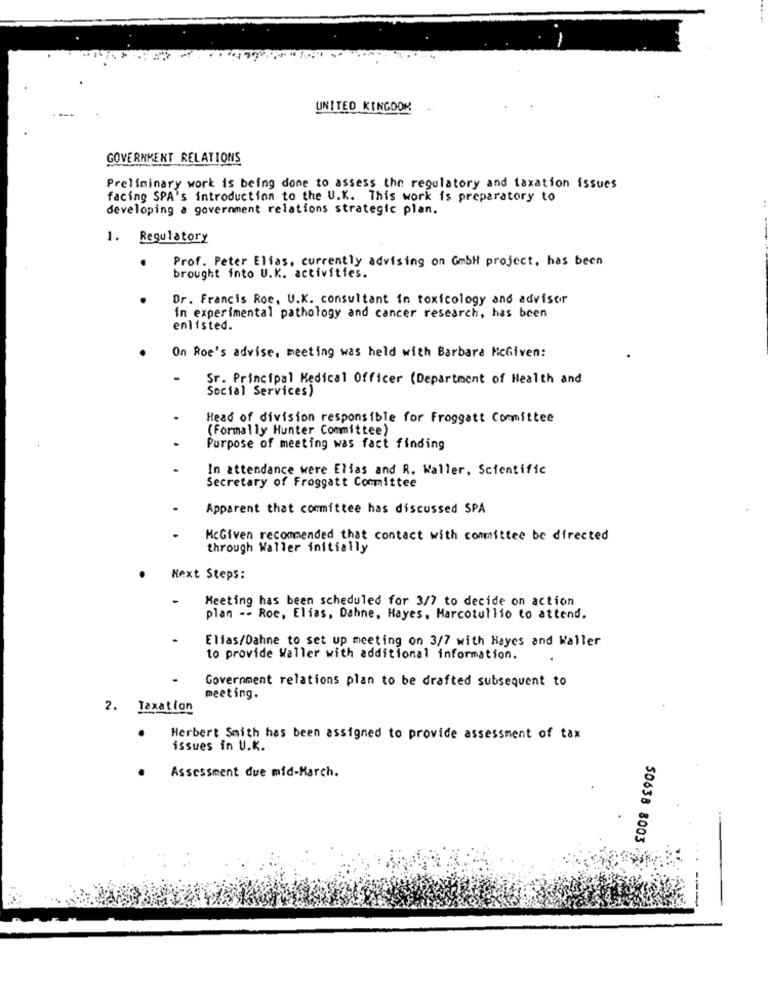
UNITED KINGDOM
GOVERNMENT RELATIONS
Preliminary work is being done to assess the regulatory and taxation issues
facing SPA's introduction to the U.K. This work is preparatory to
developing a government relations strategic plan.
1. Regulatory
Prof. Peter Elias, currently advising on GmbH project, has been
brought into U.K. activities.
Dr. Francis Roe, U.K. consultant in toxicology and advisor
in experimental pathology and cancer research, has been
enlisted.
On Roe's advise, meeting was held with Barbara McGiven:
Sr. Principal Medical Officer (Department of Health and
Social Services)
Head of division responsible for Froggatt Committee
(Formally Hunter Committee)
Purpose of meeting was fact finding
In attendance were Elias and R. Waller, Scientific
Secretary of Froggatt Committee
Apparent that committee has discussed SPA
McGiven recommended that contact with committee be directed
through Waller initially
Next Steps:
-
Meeting has been scheduled for 3/7 to decide on action
plan -- Roe, Elias, Dahne, Hayes, Marcotullio to attend.
Elias/Dahne to set up meeting on 3/7 with Hayes and Waller
to provide Waller with additional information.
Government relations plan to be drafted subsequent to
meeting.
2. Taxation
Herbert Smith has been assigned to provide assessment of tax
issues in U.K.
Assessment due mid-March.
50638 8003